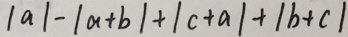
\vert a \vert - \vert a + b \vert + \vert c + a \vert + \vert b + c \vert